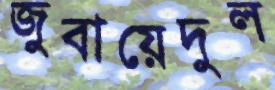
জুবায়েদুল